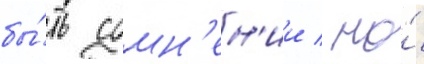
бы́ть сомн'ен'ии / но́